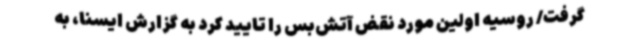
گرفت/ روسیه اولین مورد نقض آتش‌بس را تایید کرد به گزارش ایسنا، به